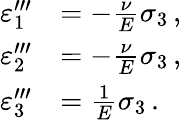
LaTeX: {\begin{array}{rl}{\varepsilon_{1}^{\prime\prime\prime}}&{=-{\frac{\nu}{E}}\sigma_{3}\, ,}\\ {\varepsilon_{2}^{\prime\prime\prime}}&{=-{\frac{\nu}{E}}\sigma_{3}\, ,}\\ {\varepsilon_{3}^{\prime\prime\prime}}&{={\frac{1}{E}}\sigma_{3}\, .}\end{array}}